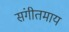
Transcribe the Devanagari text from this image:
संगीतमाय